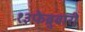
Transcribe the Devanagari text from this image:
१३फेब्रुवारी